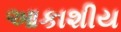
આકાશીય